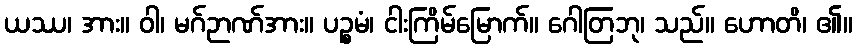
ယဿ၊ အား။ ဝါ၊ မဂ်ဉာဏ်အား။ ပဉ္စမံ၊ ငါးကြိမ်မြောက်။ ဂေါတြဘု၊ သည်။ ဟောတိ၊ ၏။